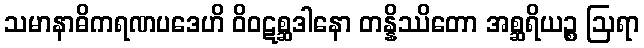
သမာနာဓိကရဏပဒေဟိ ဝိဝဋစ္ဆဒါနော တန္နိဿိတော အစ္ဆရိယဉ္စ ဩရာ